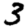
Digit: 3